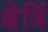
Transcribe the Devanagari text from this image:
क्षेत्रिं